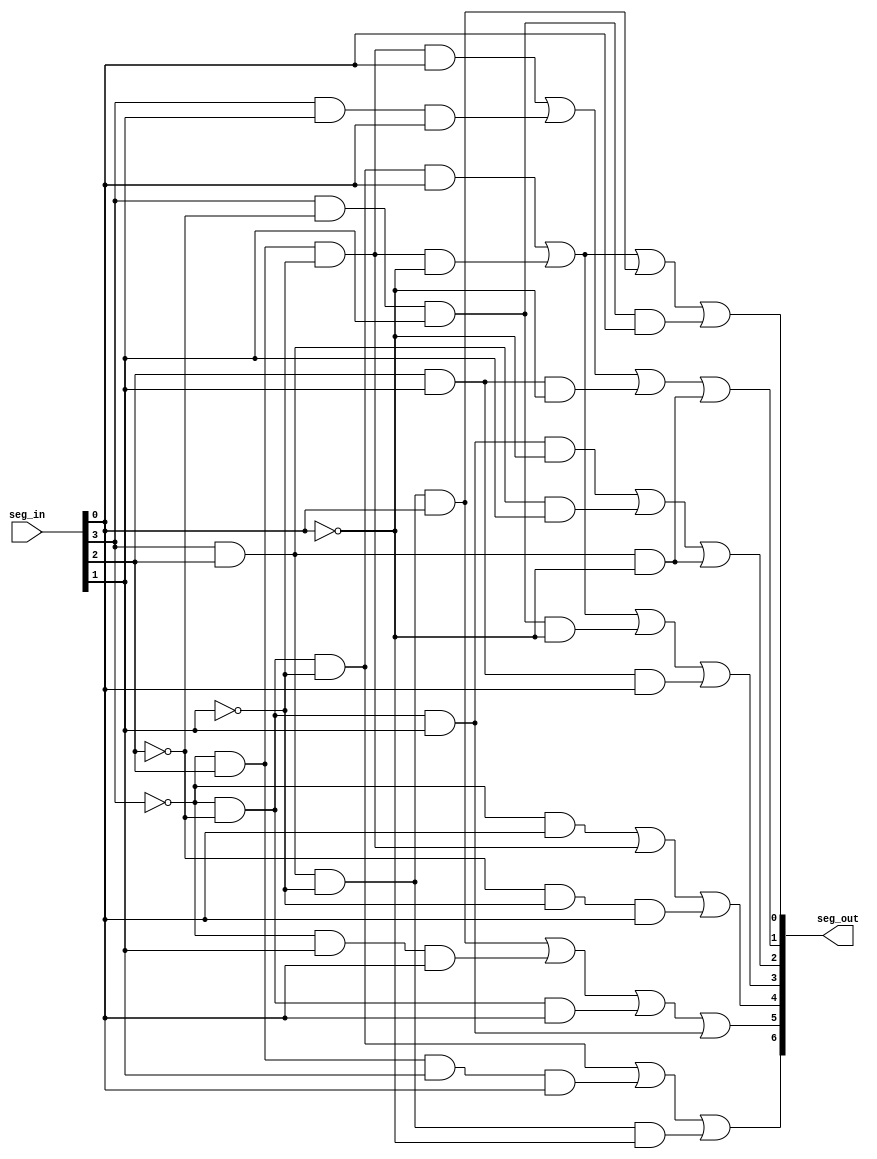
module seven_segment_decoder(seg_out, seg_in);
  input [3:0] seg_in;
  output [6:0] seg_out;
  assign {w, x, y, z} = seg_in;
  
  assign a = ~w&~x&~y&z | ~w&x&~y&~z | w&x&~y&z |w&~x&y&z;
  assign b = ~w&x&~y&z | w&y&z | x&y&~z | w&x&~z;
  assign c = ~w&~x&y&~z | w&x&y | w&x&~z;
  assign d = ~w&x&~y&~z | ~w&~x&~y&z | w&~x&y&~z | x&y&z;
  assign e = ~w&z | ~w&x&~y | ~x&~y&z ;
  assign f = w&x&~y&z | ~w&y&z | ~w&~x&z | ~w&~x&y;
  assign g = ~w&~x&~y | ~w&x&y&z | w&x&~y&~z;
  
  assign seg_out = {g, f, e, d, c, b, a};
  
endmodule